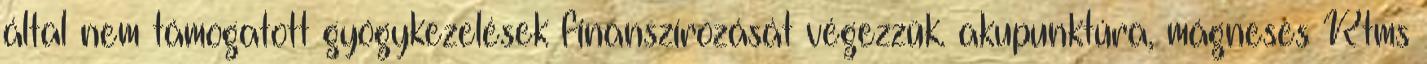
által nem támogatott gyógykezelések finanszírozását végezzük. akupunktúra, mágneses Rtms